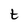
Character: t